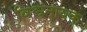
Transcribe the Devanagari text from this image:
विश्वनायक